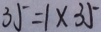
3 5 = 1 \times 3 5